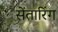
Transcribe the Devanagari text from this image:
सेंतारिंग